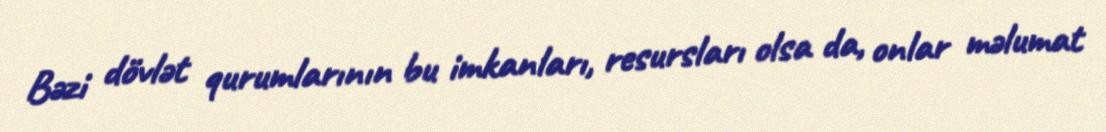
Bəzi dövlət qurumlarının bu imkanları, resursları olsa da, onlar məlumat